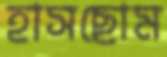
হাসছোম